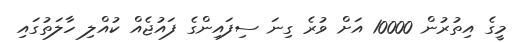
މީގެ އިތުރުން 10000 އަށް ވުރެ ގިނަ ސިފައިންގެ ފައުޖެއް ކުއްލި ހާލަތުގައި